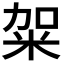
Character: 𥹌